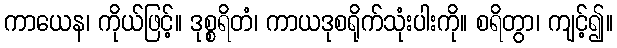
ကာယေန၊ ကိုယ်ဖြင့်။ ဒုစ္စရိတံ၊ ကာယဒုစရိုက်သုံးပါးကို။ စရိတွာ၊ ကျင့်၍။